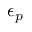
\epsilon _ { p }